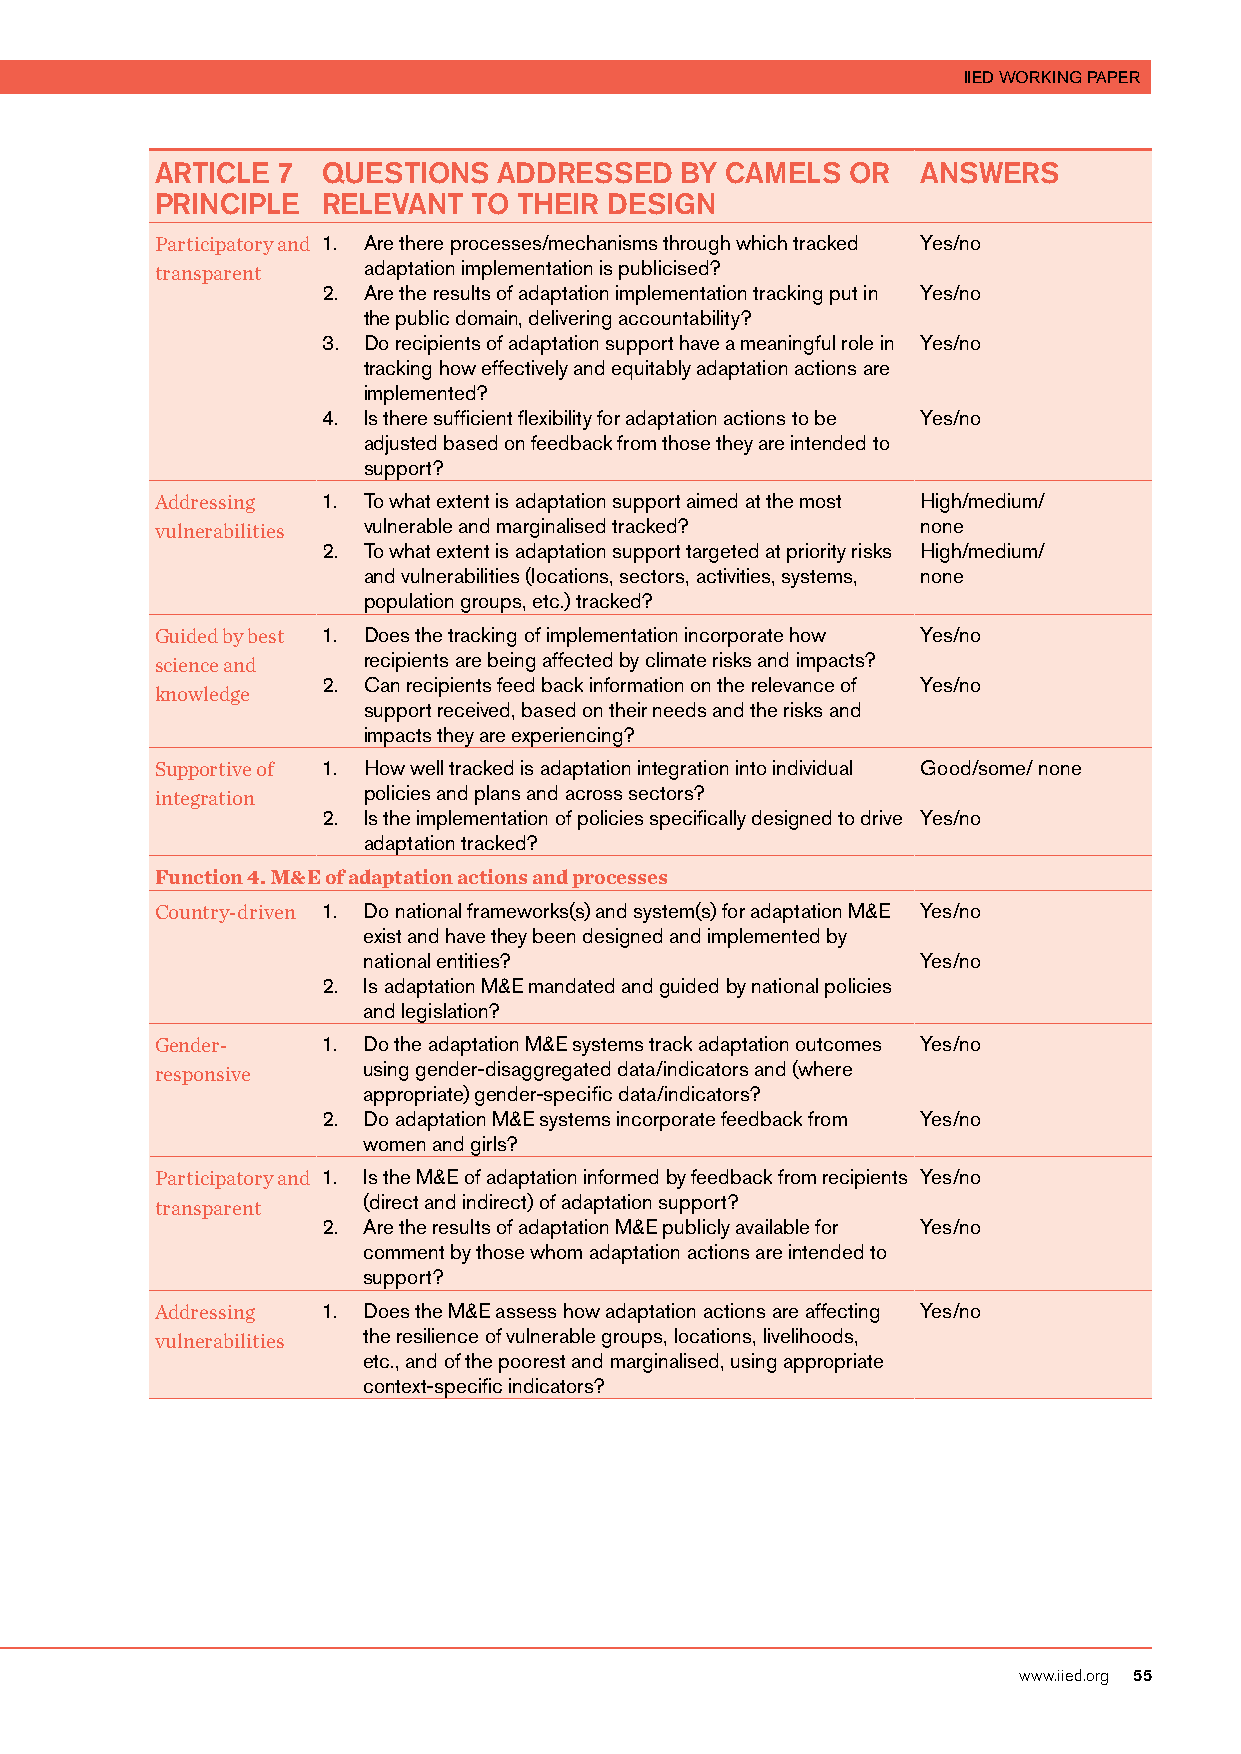
IIED WORKING PAPER
 ARTICLE 7  QUESTIONS   ADDRESSED   BY CAMELS  OR   ANSWERS
 PRINCIPLE  RELEVANT  TO THEIR DESIGN
 Participatory and 1. Are there processes/mechanisms through which tracked Yes/no
 adaptation implementation is publicised?
 transparent
 2. Are the results of adaptation implementation tracking put in Yes/no
 the public domain, delivering accountability?
 3. Do recipients of adaptation support have a meaningful role in Yes/no
 tracking how effectively and equitably adaptation actions are
 implemented?
 4. Is there sufficient flexibility for adaptation actions to be Yes/no
 adjusted based on feedback from those they are intended to
 support?
 Addressing 1. To what extent is adaptation support aimed at the most High/medium/
 vulnerable and marginalised tracked? none
 vulnerabilities
 2. To what extent is adaptation support targeted at priority risks High/medium/
 and vulnerabilities (locations, sectors, activities, systems, none
 population groups, etc.) tracked?
 Guided by best 1. Does the tracking of implementation incorporate how Yes/no
 recipients are being affected by climate risks and impacts?
 science and
 2. Can recipients feed back information on the relevance of Yes/no
 knowledge
 support received, based on their needs and the risks and
 impacts they are experiencing?
 Supportive of 1. How well tracked is adaptation integration into individual Good/some/ none
 policies and plans and across sectors?
 integration
 2. Is the implementation of policies specifically designed to drive Yes/no
 adaptation tracked?
 Function 4. M&E of adaptation actions and processes
 Country-driven 1. Do national frameworks(s) and system(s) for adaptation M&E Yes/no
 exist and have they been designed and implemented by
 national entities?                   Yes/no
 2. Is adaptation M&E mandated and guided by national policies
 and legislation?
 Gender-    1. Do the adaptation M&E systems track adaptation outcomes Yes/no
 using gender-disaggregated data/indicators and (where
 responsive
 appropriate) gender-specific data/indicators?
 2. Do adaptation M&E systems incorporate feedback from Yes/no
 women and girls?
 Participatory and 1. Is the M&E of adaptation informed by feedback from recipients Yes/no
 (direct and indirect) of adaptation support?
 transparent
 2. Are the results of adaptation M&E publicly available for Yes/no
 comment by those whom adaptation actions are intended to
 support?
 Addressing 1. Does the M&E assess how adaptation actions are affecting Yes/no
 the resilience of vulnerable groups, locations, livelihoods,
 vulnerabilities
 etc., and of the poorest and marginalised, using appropriate
 context-specific indicators?
 www.iied.org 55